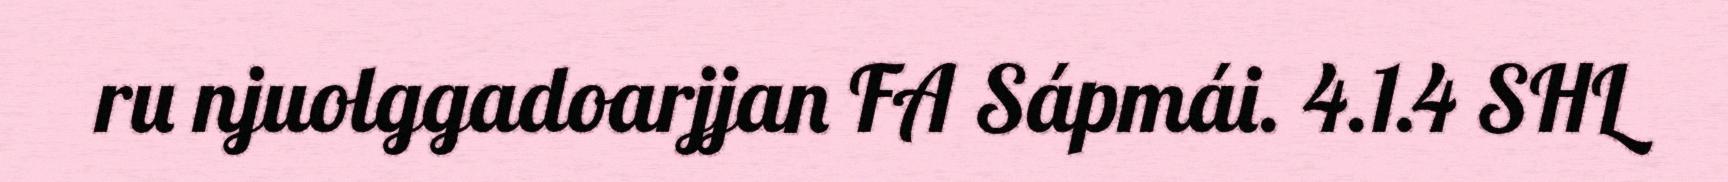
ru njuolggadoarjjan FA Sápmái. 4.1.4 SHL